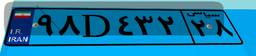
۹۸D۴۳۲۲۸